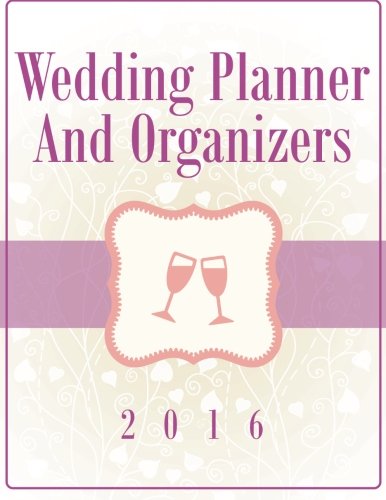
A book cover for Wedding Planner And Organizers 2016; Speedy Publishing LLC; Crafts, Hobbies & Home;